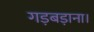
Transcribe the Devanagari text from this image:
गड़बड़ाना।